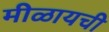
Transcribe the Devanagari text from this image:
मीळायची